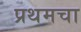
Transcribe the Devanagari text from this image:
प्रथमचा